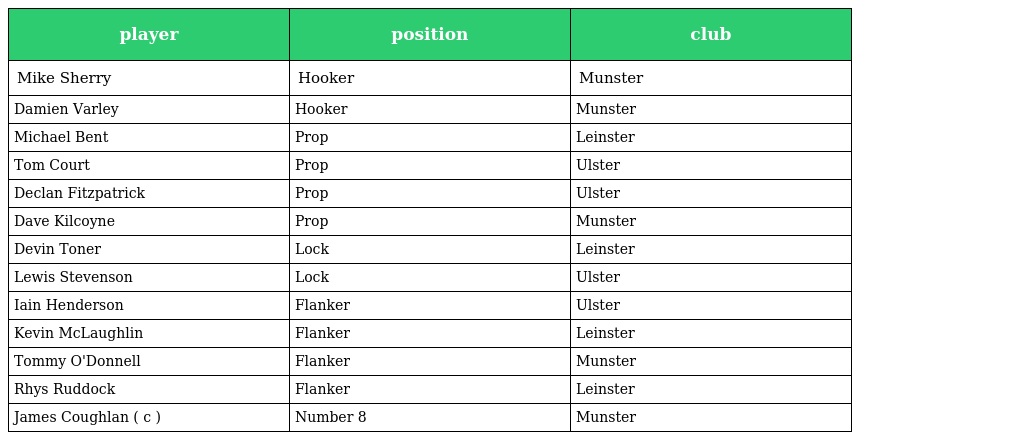
| player | position | club |
 | --- | --- | --- |
 | Mike Sherry | Hooker | Munster |
 | Damien Varley | Hooker | Munster |
 | Michael Bent | Prop | Leinster |
 | Tom Court | Prop | Ulster |
 | Declan Fitzpatrick | Prop | Ulster |
 | Dave Kilcoyne | Prop | Munster |
 | Devin Toner | Lock | Leinster |
 | Lewis Stevenson | Lock | Ulster |
 | Iain Henderson | Flanker | Ulster |
 | Kevin McLaughlin | Flanker | Leinster |
 | Tommy O'Donnell | Flanker | Munster |
 | Rhys Ruddock | Flanker | Leinster |
 | James Coughlan ( c ) | Number 8 | Munster |